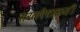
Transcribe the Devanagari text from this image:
सरलरेषाकृती